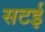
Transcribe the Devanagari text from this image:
सटई